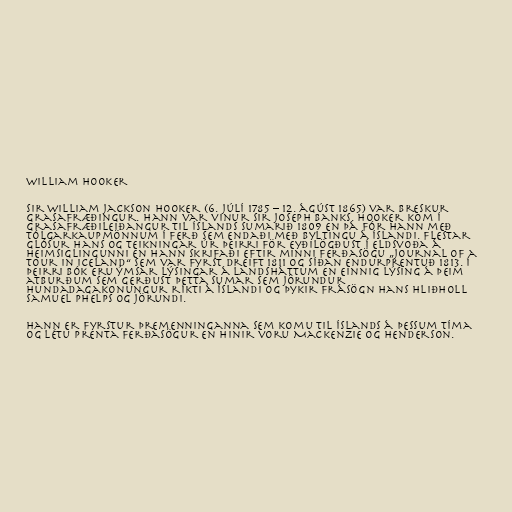
William Hooker

Sir William Jackson Hooker (6. júlí 1785 – 12. ágúst 1865) var breskur
grasafræðingur. Hann var vinur Sir Joseph Banks. Hooker kom í
grasafræðileiðangur til Íslands sumarið 1809 en þá fór hann með
tólgarkaupmönnum í ferð sem endaði með byltingu á Íslandi. Flestar
glósur hans og teikningar úr þeirri för eyðilögðust í eldsvoða á
heimsiglingunni en hann skrifaði eftir minni ferðasögu „Journal of a
tour in Iceland“ sem var fyrst dreift 1811 og síðan endurprentuð 1813. Í
þeirri bók eru ýmsar lýsingar á landsháttum en einnig lýsing á þeim
atburðum sem gerðust þetta sumar sem Jörundur
hundadagakonungur ríkti á Íslandi og þykir frásögn hans hliðholl
Samuel Phelps og Jörundi.

Hann er fyrstur þremenninganna sem komu til Íslands á þessum tíma
og létu prenta ferðasögur en hinir voru Mackenzie og Henderson.